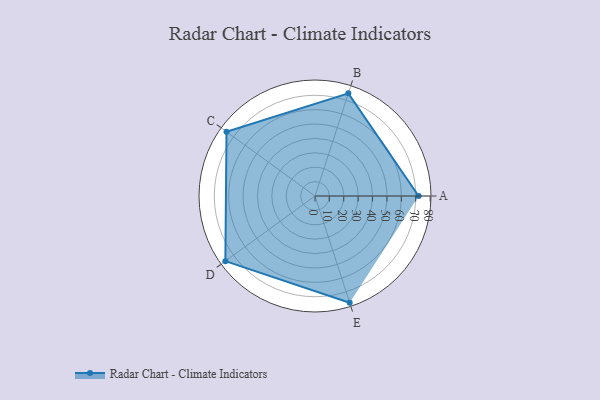
{"axis": {"x": "Skill", "y": "Score"}, "legend": ["Profile"], "data": [{"x": "A", "y": 72.0, "type": "Profile"}, {"x": "B", "y": 75.0, "type": "Profile"}, {"x": "C", "y": 76.0, "type": "Profile"}, {"x": "D", "y": 77.0, "type": "Profile"}, {"x": "E", "y": 78.0, "type": "Profile"}]}